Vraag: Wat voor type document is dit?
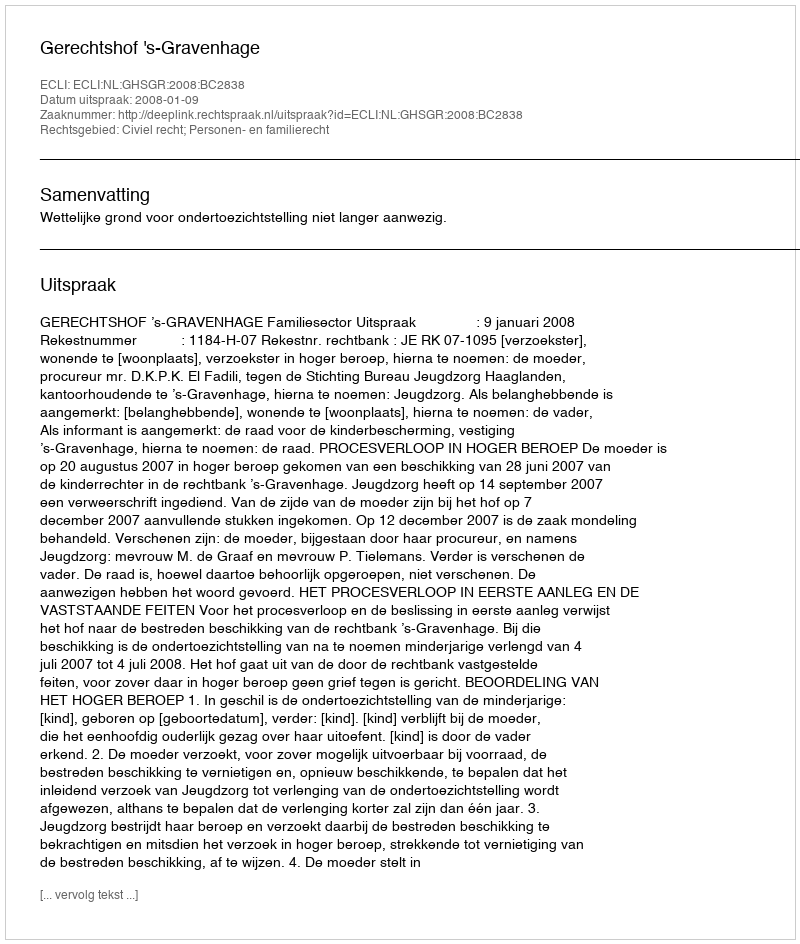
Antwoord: Uitspraak